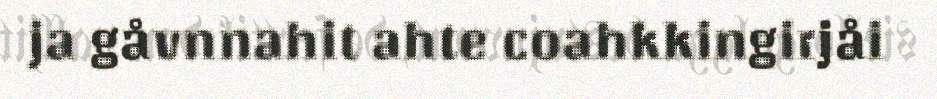
ja gåvnnahit ahte coahkkingirjåi